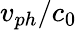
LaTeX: v_{ph}/c_{0}